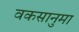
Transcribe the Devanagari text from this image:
वकसानुमा